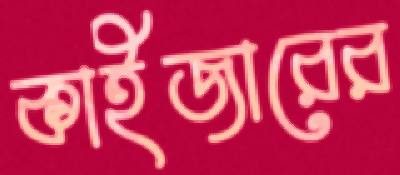
কাইজারের